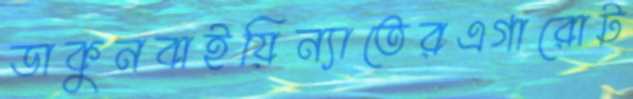
ডাকুনবাইয়িন্যাতেরএগারোট